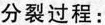
分裂过程：